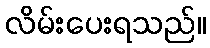
လိမ်းပေးရသည်။